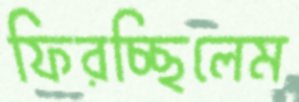
ফিরচ্ছিলেম